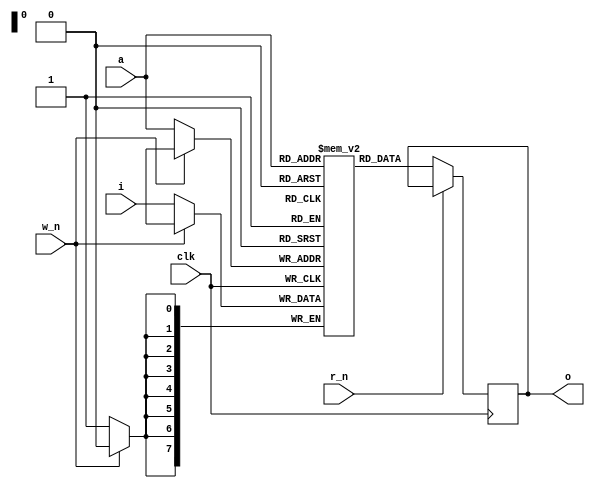

module ram_256x8(input clk,
		 input [7:0]  a,
		 input [7:0]  i,
		 output [7:0] o,
		 input 	      r_n,
		 input 	      w_n);

   reg [7:0] ram[0:255];
   reg [7:0] d;
   
`ifdef debug
   integer    j;
   
   initial
     begin
	for (j = 0; j < 256; j = j + 1)
	  ram[j] = 0;
     end
`endif

   wire ram_read, ram_write;
   assign ram_read = ~r_n/*~cs & ~r_n*/;
   assign ram_write = ~w_n/*~cs & ~w_n*/;

   always @(posedge clk)
     if (ram_read)
       d <= ram[a];

   assign o = d;
   
   always @(posedge clk)
     if (ram_write)
       ram[a] <= i;
   
endmodule // ram_dp256x8